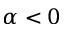
\alpha < 0